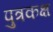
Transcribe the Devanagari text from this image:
पुत्रकक्ष